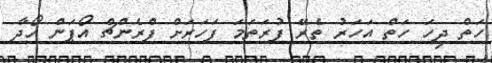
ހަތް ދިހަ ހަތް އަހަރު ތެރޭ ފުރަތަމަ ފަހަރަށް ފްރެންޗް އޯޕަން ހޯދާ